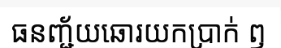
ធនញ្ជ័យឆោរយកប្រាក់ ឭ